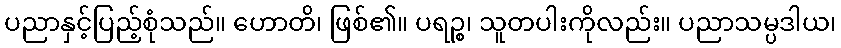
ပညာနှင့်ပြည့်စုံသည်။ ဟောတိ၊ ဖြစ်၏။ ပရဉ္စ၊ သူတပါးကိုလည်း။ ပညာသမ္ပဒါယ၊